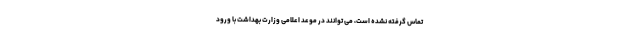
تماس گرفته نشده است، می توانند در موعد اعلامی وزارت بهداشت با ورود